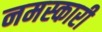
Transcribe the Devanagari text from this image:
नमस्कारी